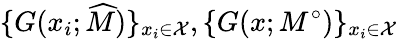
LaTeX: \{ G(x_{i};\widehat{M})\} _{x_{i}\in\mathcal{X}},\{ G(x;M^{\circ})\} _{x_{i}\in\mathcal{X}}